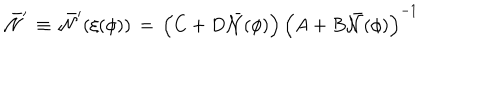
{ \bar { \cal N } } ^ { \prime } \, \equiv \, { \bar { \cal N } } ^ { \prime } ( \xi ( \phi ) ) \, = \, \left( C + D { \bar { \cal N } } ( \phi ) \right) \left( A + B { \bar { \cal N } } ( \phi ) \right) ^ { - 1 }